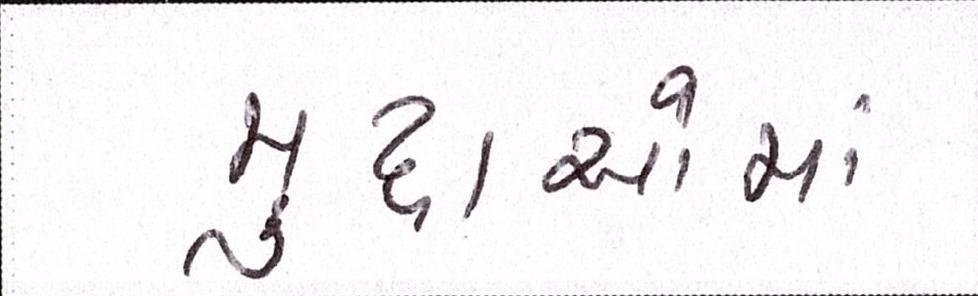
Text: મુદાઓમાં